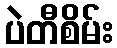
ပဲတီစိမ်း